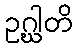
ဥဂ္ဃါတိ